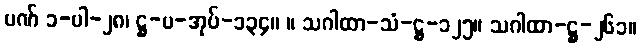
ပဏ် ၁-ပါ-၂၈၊ ဋ္ဌ-ပ-အုပ်-၁၃၄။ ။ သဂါထာ-သံ-ဋ္ဌ-၁၂၅။ သဂါထာ-ဋ္ဌ-၂၆၁။